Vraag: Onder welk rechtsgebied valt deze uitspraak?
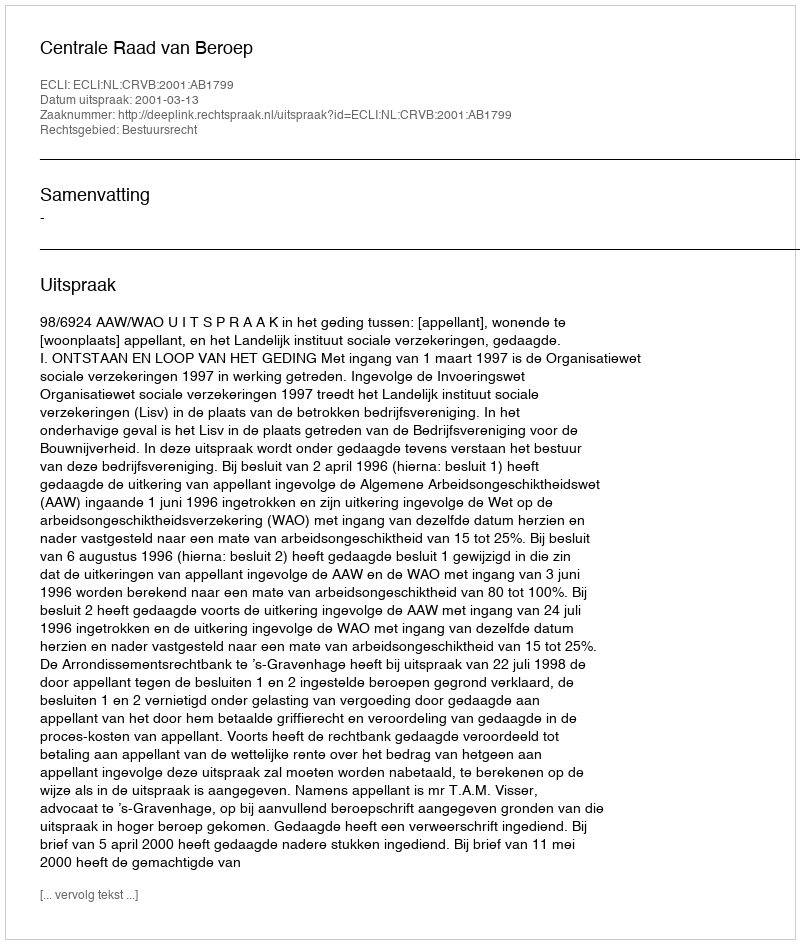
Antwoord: Bestuursrecht